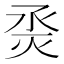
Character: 𰞜